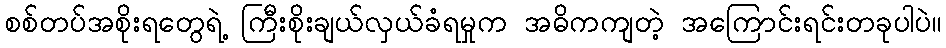
စစ်တပ်အစိုးရတွေရဲ့ ကြီးစိုးချယ်လှယ်ခံရမှုက အဓိကကျတဲ့ အကြောင်းရင်းတခုပါပဲ။